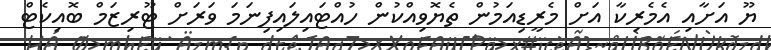
ޔޫ އަށާއި އެމެރިކާ އަށް މެރީޑިއަމުން ތެޔޮވިއްކުން ހުއްޓައިލައިފިނަމަ ވަރަށް ޓޫރިޒަމް ބޮއިކެޓް